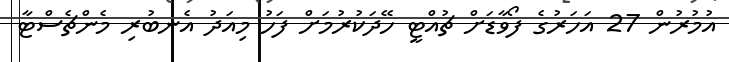
އުމުރުން 27 އަހަރުގެ ފޯވާޑަށް ޗުއްޓީ ހޭދަކުރުމަށް ފަހު މިއަދު އެނބުރި މެންޗެސްޓާ